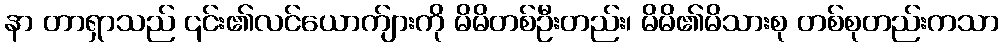
နာ တာရှာသည် ၎င်း၏လင်ယောက်ျားကို မိမိတစ်ဦးတည်း၊ မိမိ၏မိသားစု တစ်စုတည်းကသာ